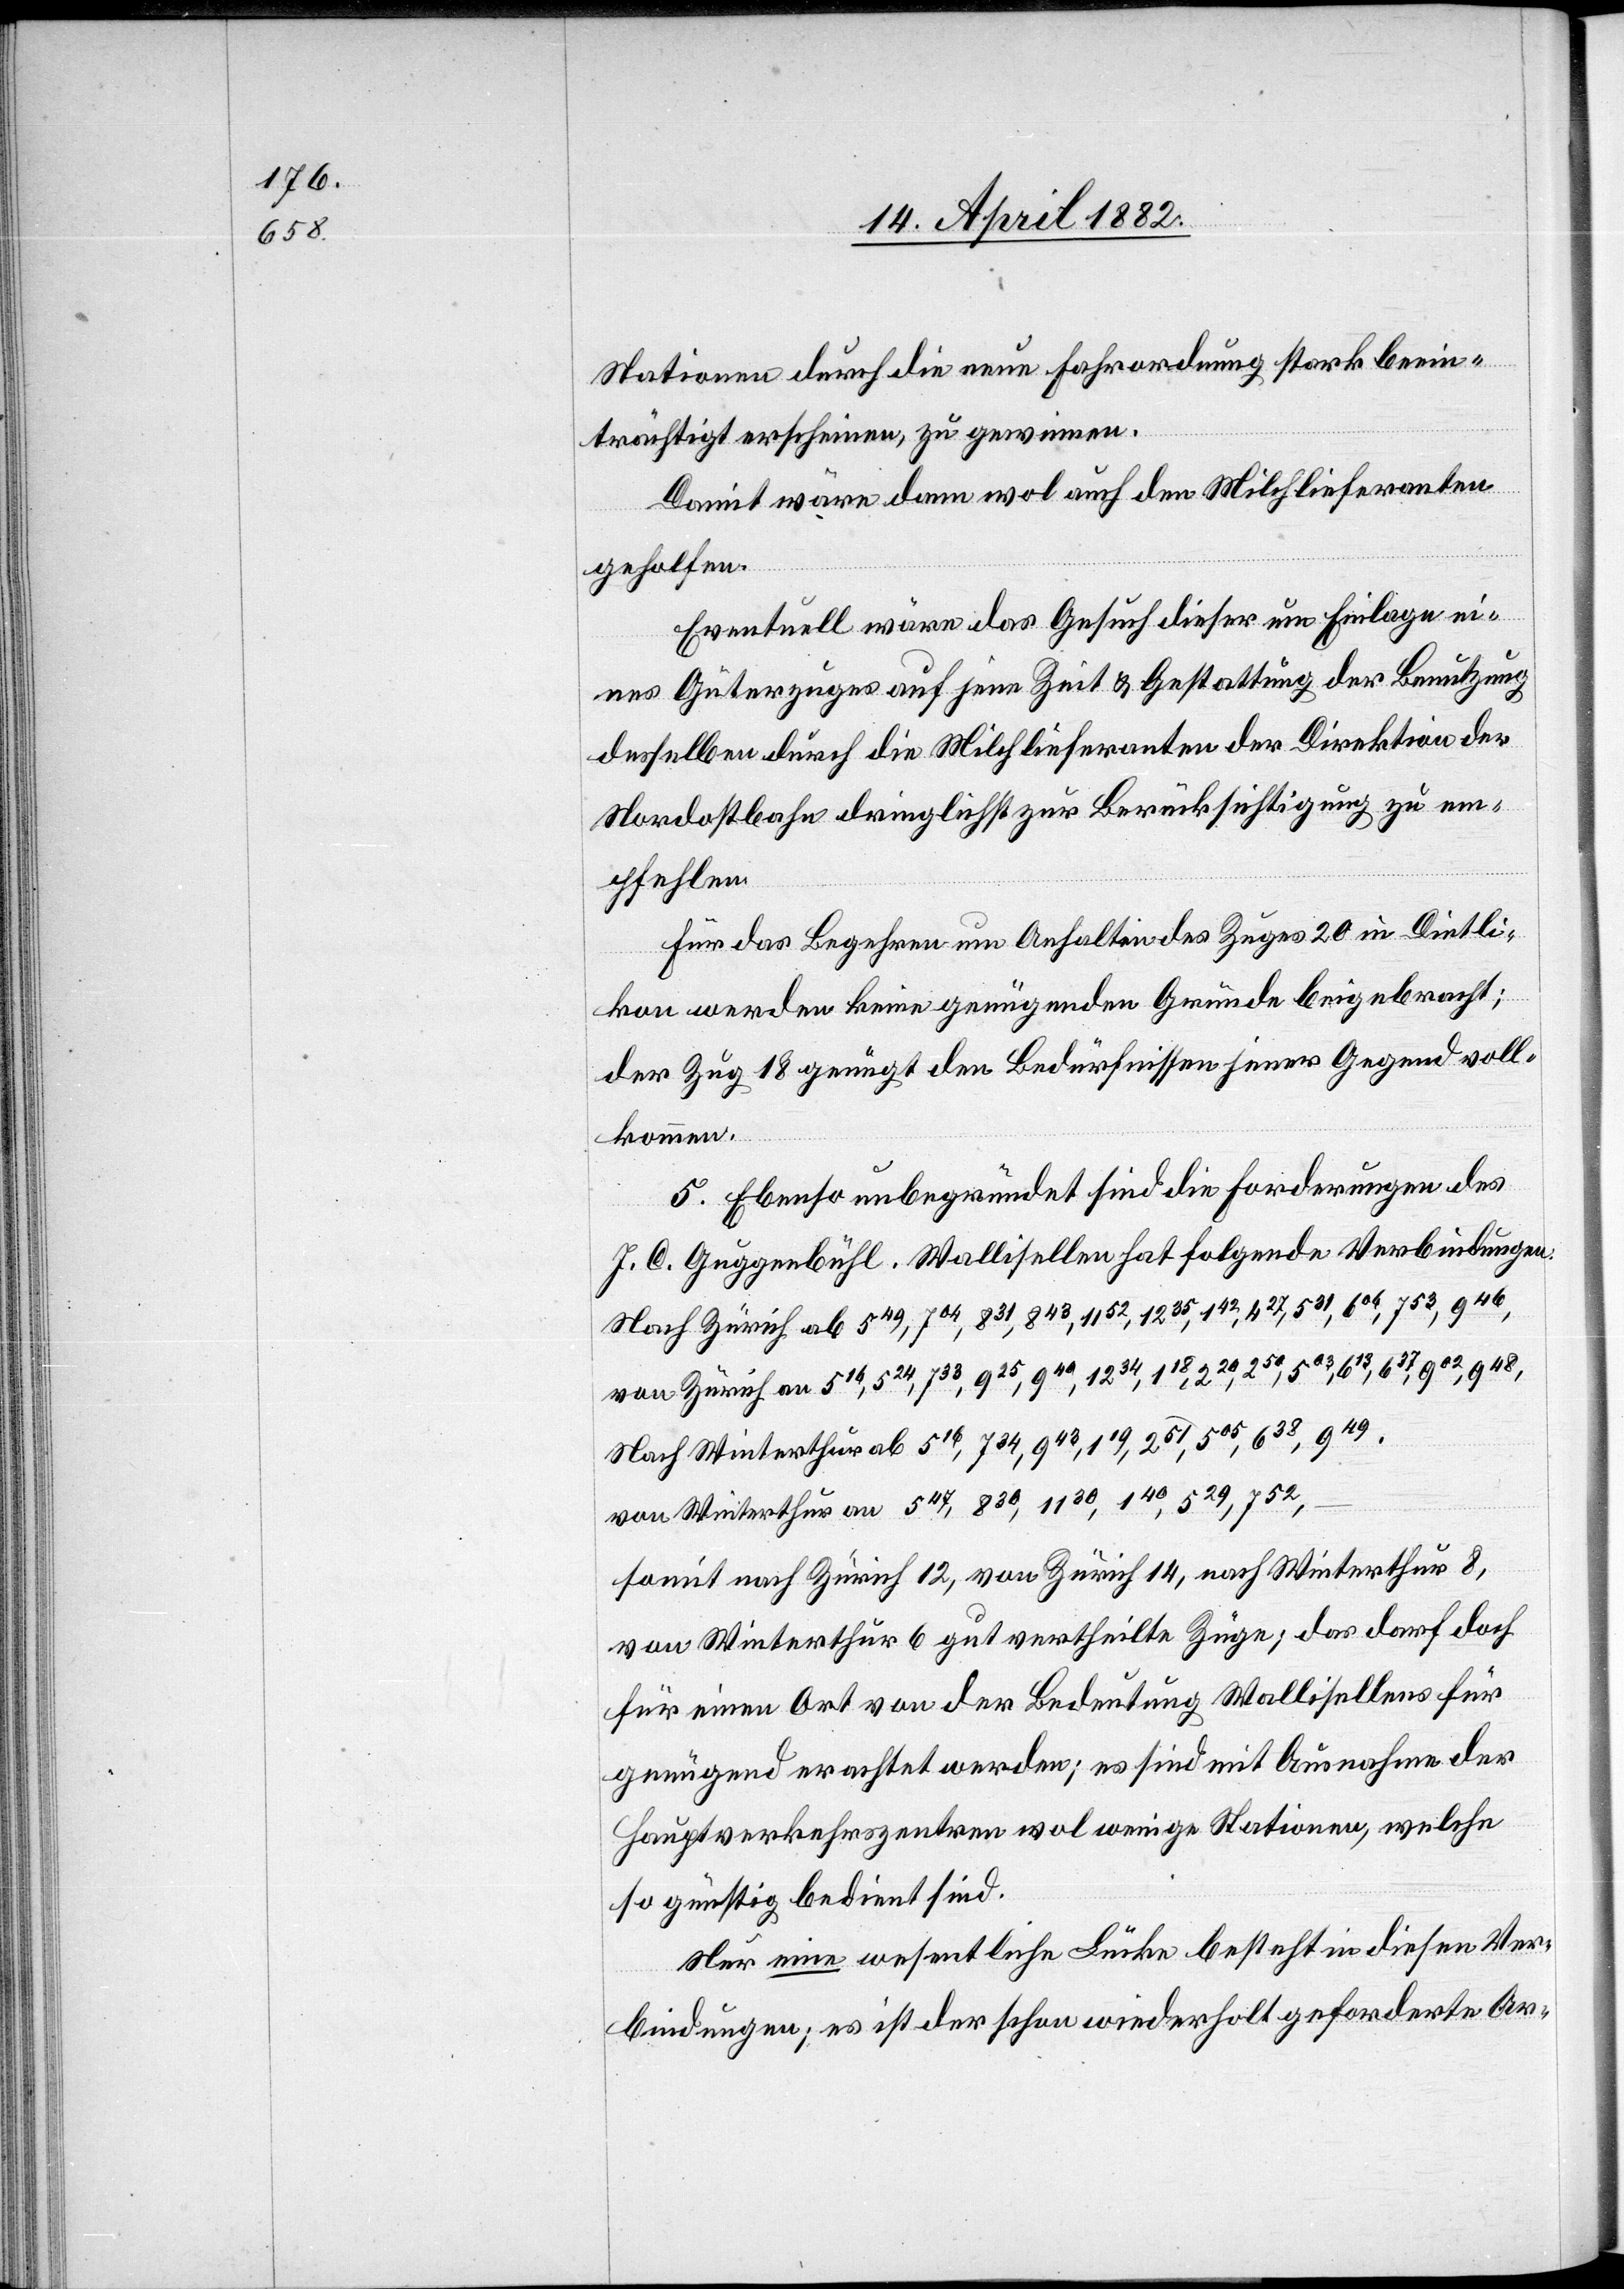
Stationen durch die neue Fahrordnung stark beein¬
trächtigt erscheinen, zu gewinnen.
Damit wäre dann wol auch den Milchlieferanten
geholfen.
Eventuell wäre das Gesuch dieser um Einlage ei¬
nes Güterzuges auf jene Zeit & Gestattung der Benutzung
desselben durch die Milchlieferanten der Direktion der
Nordostbahn dringlichst zur Berücksichtigung zu em¬
pfehlen.
Für das Begehren um Anhalten des Zuges 20 in Dietli¬
kon werden keine genügenden Gründe beigebracht;
der Zug 18 genügt den Bedürfnissen jener Gegend voll¬
kommen.
5. Ebenso unbegründet sind die Forderungen des
J. C. Guggenbühl. Wallisellen hat folgende Verbindungen:
Nach Zürich ab 549, 704, 831, 843, 1152, 1235, 142, 427, 531, 606, 753, 946,
von Zürich an 516, 524, 733, 925, 940, 1234, 118, 220, 250, 503, 613, 637, 902, 948,
Nach Winterthur ab 516, 734, 943, 119, 251, 505, 638, 949,
von Winterthur an 547, 830, 1130, 140, 529, 752,
somit nach Zürich 12, von Zürich 14, nach Winterthur 8,
von Winterthur 6 gut vertheilte Züge; das darf doch
für einen Ort von der Bedeutung Wallisellens für
genügend erachtet werden; es sind mit Ausnahme der
Hauptverkehrszentren wol wenige Stationen, welche
so günstig bedient sind.
Nur eine wesentliche Lücke besteht in diesen Ver¬
bindungen; es ist der schon wiederholt geforderte Ar-